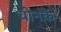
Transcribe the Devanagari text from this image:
चीनके